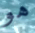
هو